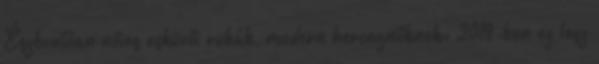
Észbontóan nőies esküvői ruhák, modern hercegnőknek: 2019-ben ez lesz